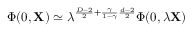
\Phi ( 0 , { \bf X } ) \simeq \lambda ^ { \frac { D - 2 } { 2 } + \frac { \gamma } { 1 - \gamma } \frac { d - 2 } { 2 } } \Phi ( 0 , \lambda { \bf X } )